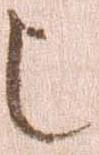
也